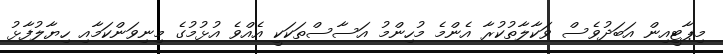
މިޕާޓީއިން އަބަދުވެސް ވަކާލާތުކުރާ އެންމެ މުހިންމު އަސާސްތަކަކީ އެއްވެ އުޅުމުގެ މިނިވަންކަމާއި ހިޔާލުފާޅު